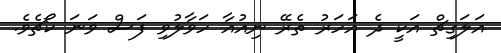
އަލަގިޗް އަކީ ދެ އަހަރު ތެރޭ ނިއުއާ ހަވާލުވި ފަސް ވަނަ ކޯޗެވެ.